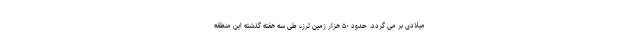
میلادی بر می گردد. حدود ۵۰ هزار زمین لرزه طی سه هفته گذشته این منطقه